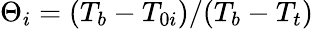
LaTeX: \Theta_{i}=(T_{b}-T_{0i})/(T_{b}-T_{t})